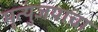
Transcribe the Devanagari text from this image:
मृत्युंजयाचा